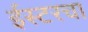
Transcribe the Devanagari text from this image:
ईस्टरचा